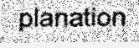
planation